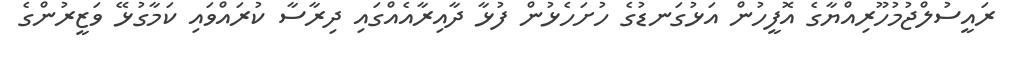
ރައީސުލްޖުމުހޫރިއްޔާގެ އޮފީހުން އަޅުގަނޑުގެ ހުށަހެޅުން ފުޅާ ދާއިރާއެއްގައި ދިރާސާ ކުރައްވައި ކަމާގުޅޭ ވަޒީރުންގެ